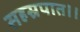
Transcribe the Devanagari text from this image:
सहस्रपात।।